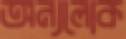
অন্যলোক